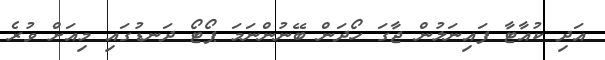
އަދި ކުއާޓާ ފައިނަލުން ޖާގަ ހޯދަން ބޭނުންނަމަ ޕޯޓޯ ދަނޑުގައި މިއަށް ވުރެ